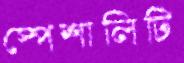
স্পেশালিটি